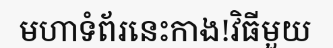
មហាទំព័រនេះកាង!វិធីមួយ